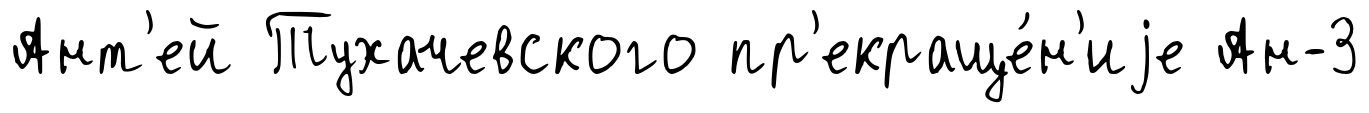
Ант'ей Тухачевского пр'екраще́н'иjе Ан-3